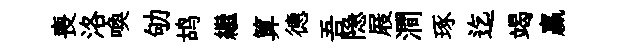
喪洛喚劬鸪繼算德吾隐屐澗琢迄竭贏